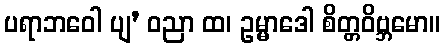
ပရာဘဝေါ ပျ’ ဝညာ ထ၊ ဥမ္မာဒေါ စိတ္တဝိဗ္ဘမော။